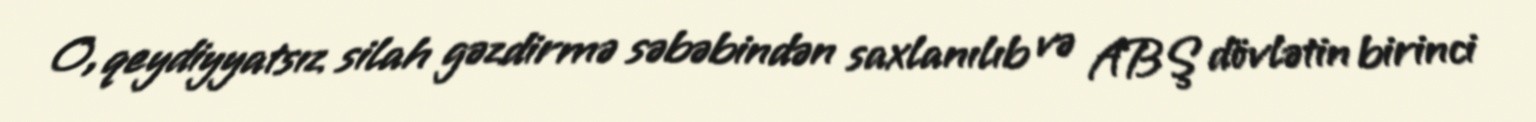
O, qeydiyyatsız silah gəzdirmə səbəbindən saxlanılıb və ABŞ dövlətin birinci